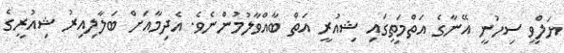
ޔަލްވީ ސިހުނީ އޭނާގެ އަތްމަތީގައި ޝިއުރީ އަތް ބާއްވާލުމުންނެވެ. އެދިމާއަށް ބަލާލިއިރު ޝިއުރީގެ